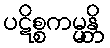
ပဋိစ္စကမ္မန္တိ